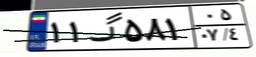
۷۹گ۸۳۰۰۷